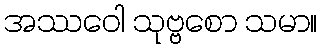
အဿဝေါ သုဗ္ဗစော သမာ။